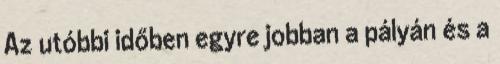
Az utóbbi időben egyre jobban a pályán és a